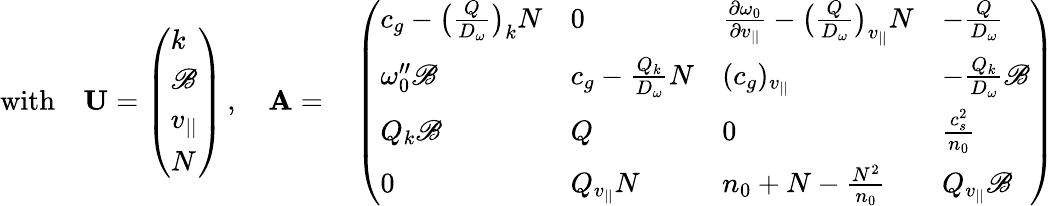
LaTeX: \begin{array}{rl}{\mathrm{with}\quad{\mathbf U}=\left(\begin{array}{l}{k}\\ {\mathscr{B}}\\ {v_{||}}\\ {N}\end{array}\right)\, ,\quad{\mathbf A}=}&{{}\left(\begin{array}{llll}{c_{g}-\big(\frac{Q}{D_{\omega}}\big)_{k}N}&{0}&{\frac{\partial\omega_{0}}{\partial v_{||}}-\big(\frac{Q}{D_{\omega}}\big)_{v_{||}}N}&{-\frac{Q}{D_{\omega}}}\\ {\omega_{0}^{\prime\prime}\mathscr{B}}&{c_{g}-\frac{Q_{k}}{D_{\omega}}N}&{(c_{g})_{v_{||}}}&{-\frac{Q_{k}}{D_{\omega}}\mathscr{B}}\\ {Q_{k}\mathscr{B}}&{Q}&{0}&{\frac{c_{s}^{2}}{n_{0}}}\\ {0}&{Q_{v_{||}}N}&{n_{0}+N-\frac{N^{2}}{n_{0}}}&{Q_{v_{||}}\mathscr{B}}\end{array}\right)}\end{array}